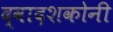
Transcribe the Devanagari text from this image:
द्वादशकोनी